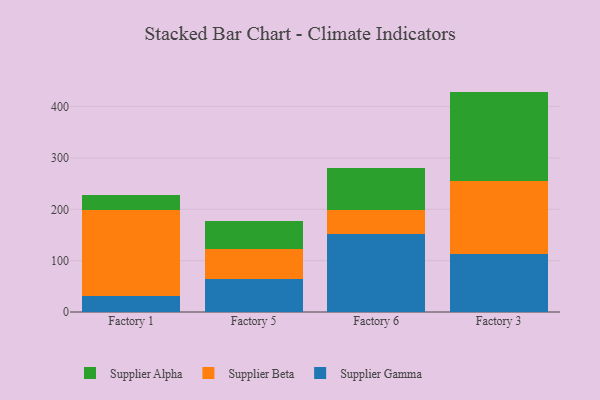
{"axis": {"x": "Factory", "y": "Backlog"}, "legend": ["Supplier Alpha", "Supplier Beta", "Supplier Gamma"], "data": [{"x": "Factory 1", "y": 30.4, "type": "Supplier Gamma"}, {"x": "Factory 1", "y": 167.8, "type": "Supplier Beta"}, {"x": "Factory 1", "y": 29.6, "type": "Supplier Alpha"}, {"x": "Factory 5", "y": 63.5, "type": "Supplier Gamma"}, {"x": "Factory 5", "y": 58.9, "type": "Supplier Beta"}, {"x": "Factory 5", "y": 54.7, "type": "Supplier Alpha"}, {"x": "Factory 6", "y": 152.0, "type": "Supplier Gamma"}, {"x": "Factory 6", "y": 46.9, "type": "Supplier Beta"}, {"x": "Factory 6", "y": 81.8, "type": "Supplier Alpha"}, {"x": "Factory 3", "y": 112.0, "type": "Supplier Gamma"}, {"x": "Factory 3", "y": 143.5, "type": "Supplier Beta"}, {"x": "Factory 3", "y": 173.7, "type": "Supplier Alpha"}]}